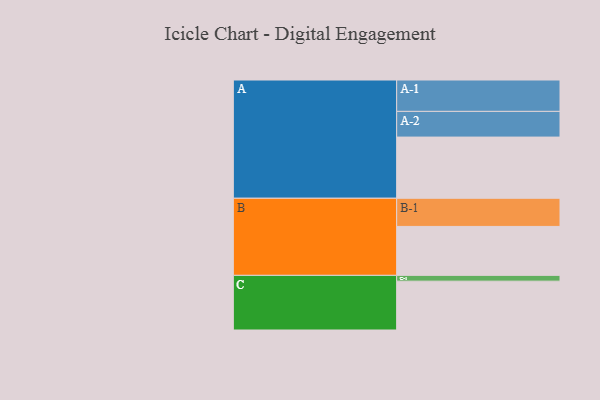
{"axis": {"x": "Segment", "y": "Value"}, "legend": ["", "A", "B", "C"], "data": [{"x": "A", "y": 571, "type": ""}, {"x": "B", "y": 457, "type": ""}, {"x": "C", "y": 456, "type": ""}, {"x": "A-1", "y": 293, "type": "A"}, {"x": "A-2", "y": 240, "type": "A"}, {"x": "B-1", "y": 263, "type": "B"}, {"x": "C-1", "y": 54, "type": "C"}]}